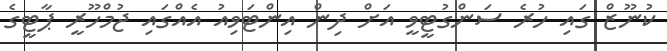
ކުނޫޒް ގައި ހުރެ ސަންގުޓީވީ އަށް ދިން އިންޓަވިއު އެއްގައި ޖުމްހޫރީ ޕާޓީގެ